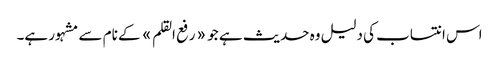
اس انتساب کی دلیل وہ حدیث ہے جو «رفع القلم» کے نام سے مشہور ہے۔